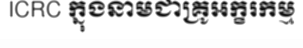
ICRC ក្នុងនាមជាគ្រូអក្ខរកម្ម